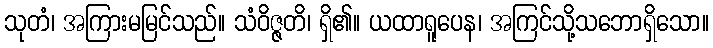
သုတံ၊ အကြားမမြင်သည်။ သံဝိဇ္ဇတိ၊ ရှိ၏။ ယထာရူပေန၊ အကြင်သို့သဘောရှိသော။